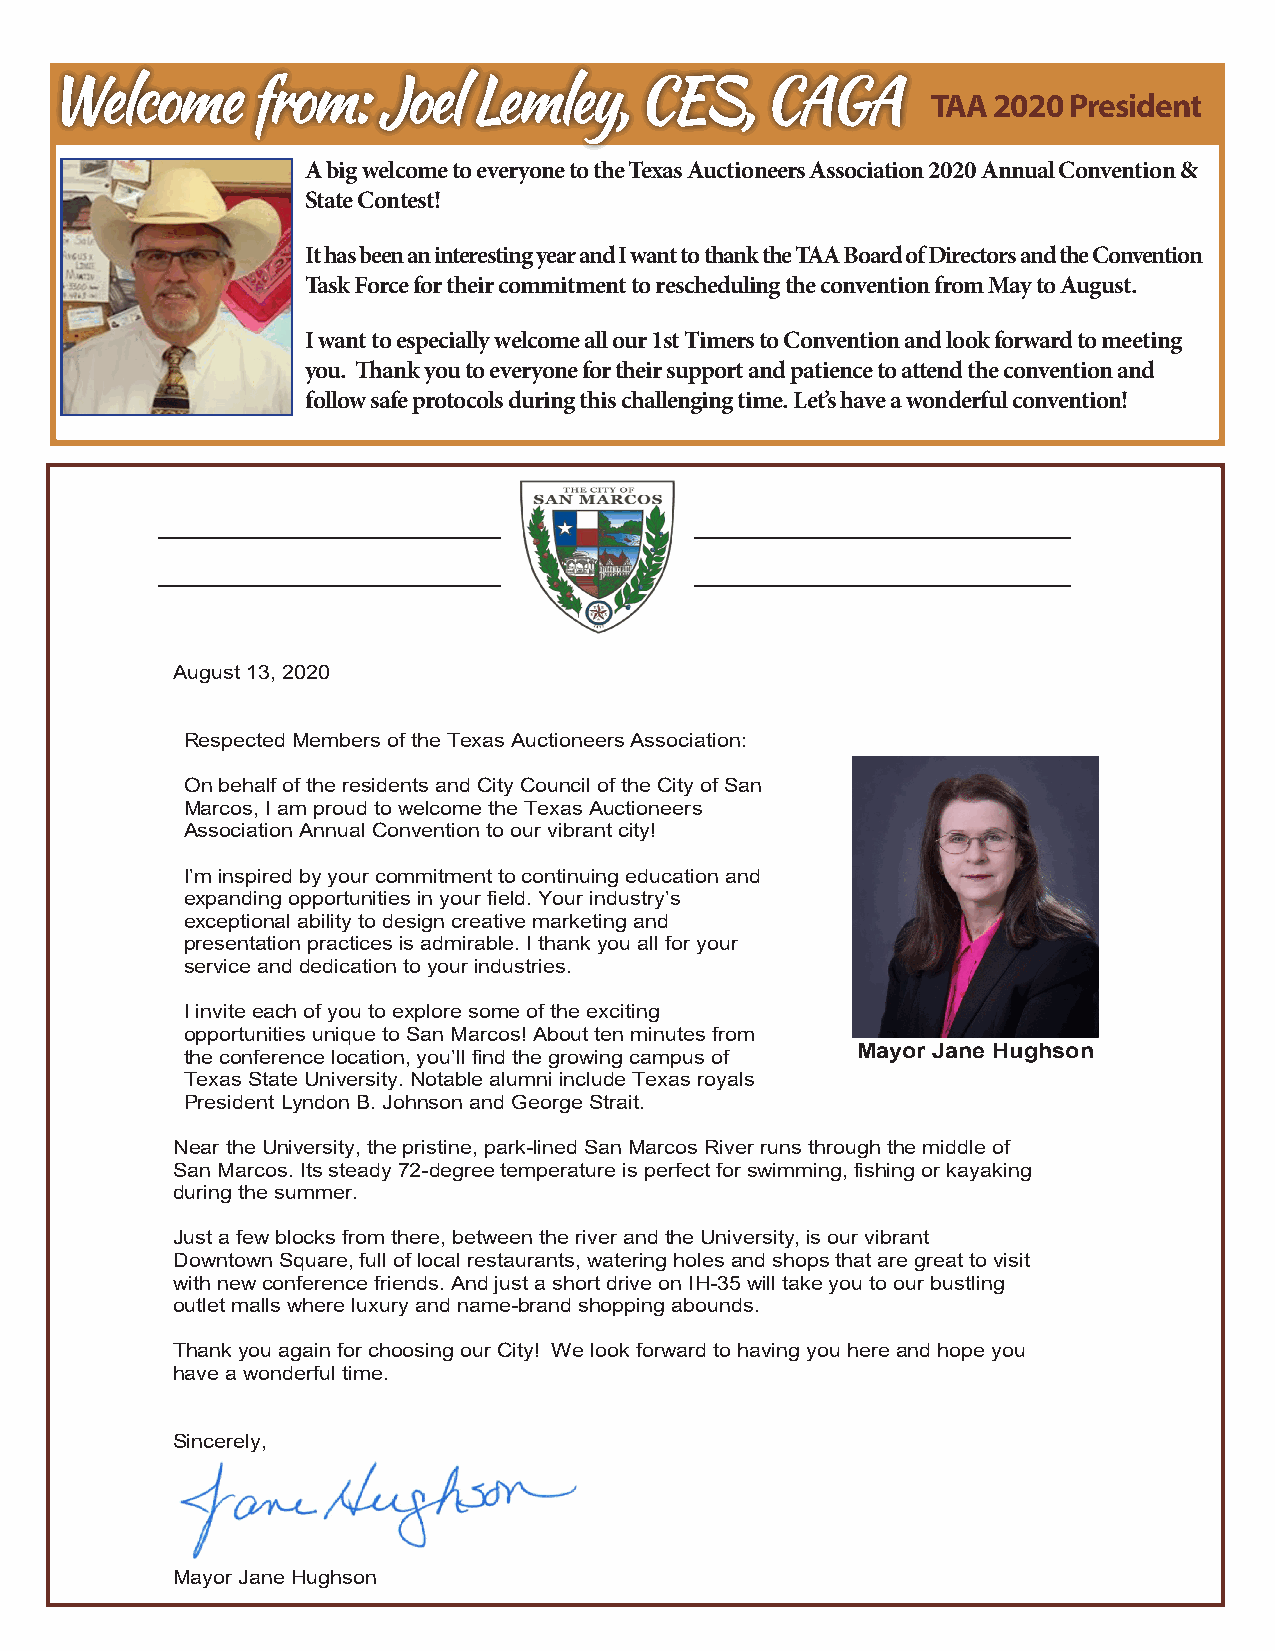
WWeellccoommee ffrroomm:: JJooeell LLeemmlleeyy,, CCEESS,, CCAAGGAA
 TAA 2020 President
 A big welcome to everyone to the Texas Auctioneers Association 2020 Annual Convention &
 State Contest!
 It has been an interesting year and I want to thank the TAA Board of Directors and the Convention
 Task Force for their commitment to rescheduling the convention from May to August.
 I want to especially welcome all our 1st Timers to Convention and look forward to meeting
 you. Thank you to everyone for their support and patience to attend the convention and
 follow safe protocols during this challenging time. Let’s have a wonderful convention!
 August 13, 2020
 Respected Members of the Texas Auctioneers Association:
 On behalf of the residents and City Council of the City of San
 Marcos, I am proud to welcome the Texas Auctioneers
 Association Annual Convention to our vibrant city!
 I’m inspired by your commitment to continuing education and
 expanding opportunities in your field. Your industry’s
 exceptional ability to design creative marketing and
 presentation practices is admirable. I thank you all for your
 service and dedication to your industries.
 I invite each of you to explore some of the exciting
 opportunities unique to San Marcos! About ten minutes from
 the conference location, you’ll find the growing campus of Mayor Jane Hughson
 Texas State University. Notable alumni include Texas royals
 President Lyndon B. Johnson and George Strait.
 Near the University, the pristine, park-lined San Marcos River runs through the middle of
 San Marcos. Its steady 72-degree temperature is perfect for swimming, fishing or kayaking
 during the summer.
 Just a few blocks from there, between the river and the University, is our vibrant
 Downtown Square, full of local restaurants, watering holes and shops that are great to visit
 with new conference friends. And just a short drive on IH-35 will take you to our bustling
 outlet malls where luxury and name-brand shopping abounds.
 Thank you again for choosing our City! We look forward to having you here and hope you
 have a wonderful time.
 Sincerely,
 Mayor Jane Hughson
 City Hall •630 East Hopkins • SanMarcos,Texas78666 • 512-393-8085 •Fax 512-396-1576